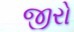
જીરો